Vaccination Hyderabad 1890-1903 - 1890-1903
Year: 1890
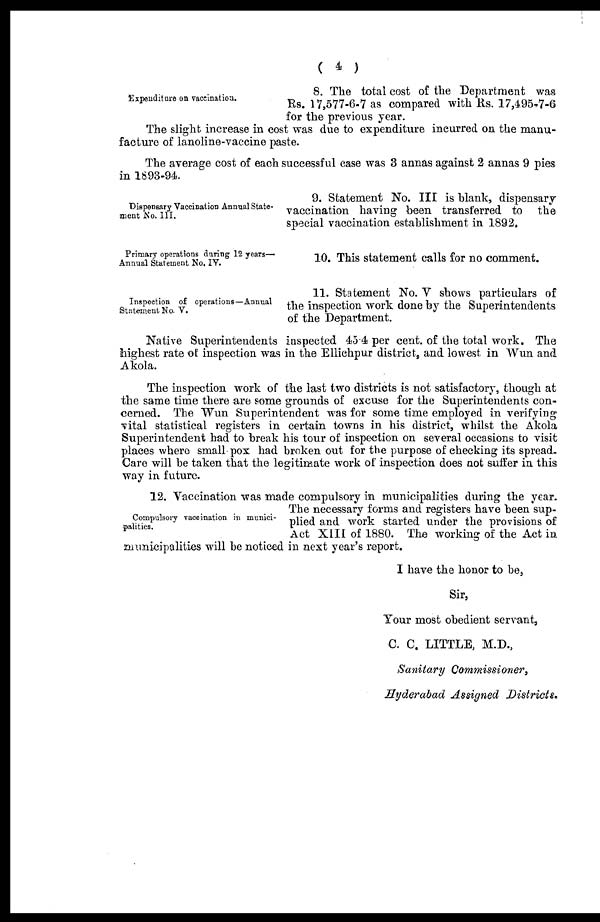
( 4 )
Expenditure on vaccination.
8. The total cost of the Department was
Rs. 17,577-6-7 as compared with Rs. 17,495-7-6
for the previous year.
The slight increase in cost was due to expenditure incurred on the manu-
facture of lanoline-vaccine paste.
The average cost of each successful case was 3 annas against 2 annas 9 pies
in 1893-94.
Dispensary Vaccination Annual State-
ment No. III.
9. Statement No. III is blank, dispensary
vaccination having been transferred to the
special vaccination establishment in 1892.
Primary operations during 12 years—
Annual Statement No. IV.
10. This statement calls for no comment.
Inspection of operations—Annual
Statement No. V.
11. Statement No. V shows particulars of
the inspection work done by the Superintendents
of the Department.
Native Superintendents inspected 45.4 per cent. of the total work. The
highest rate of inspection was in the Ellichpur district, and lowest in Wun and
Akola.
The inspection work of the last two districts is not satisfactory, though at
the same time there are some grounds of excuse for the Superintendents con-
cerned. The Wun Superintendent was for some time employed in verifying
vital statistical registers in certain towns in his district, whilst the Akola
Superintendent had to break his tour of inspection on several occasions to visit
places where small pox had broken out for the purpose of checking its spread.
Care will be taken that the legitimate work of inspection does not suffer in this
way in future.
Compulsory vaccination in munici-
palities.
12. Vaccination was made compulsory in municipalities during the year.
The necessary forms and registers have been sup-
plied and work started under the provisions of
Act XIII of 1880. The working of the Act in
municipalities will be noticed in next year's report.
I have the honor to be,
Sir,
Your most obedient servant,
C. C. LITTLE, M.D.,
Sanitary Commissioner,
Hyderabad Assigned Districts.